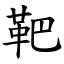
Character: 靶